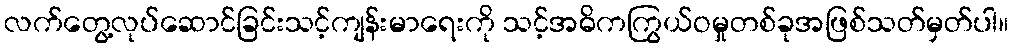
လက်တွေ့လုပ်ဆောင်ခြင်းသင့်ကျန်းမာရေးကို သင့်အဓိကကြွယ်ဝမှုတစ်ခုအဖြစ်သတ်မှတ်ပါ။